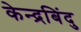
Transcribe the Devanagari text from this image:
केन्द्रबिंदु